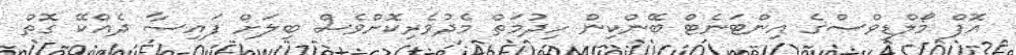
އޮފް މޯލްޑިވްސްގެ އިންޓަނެޓް ބޭންކިން ހިދުމަތް މެދުވެރިކޮށްވެސް ބިލަށް ފައިސާ ދެއްކޭ ގޮތް